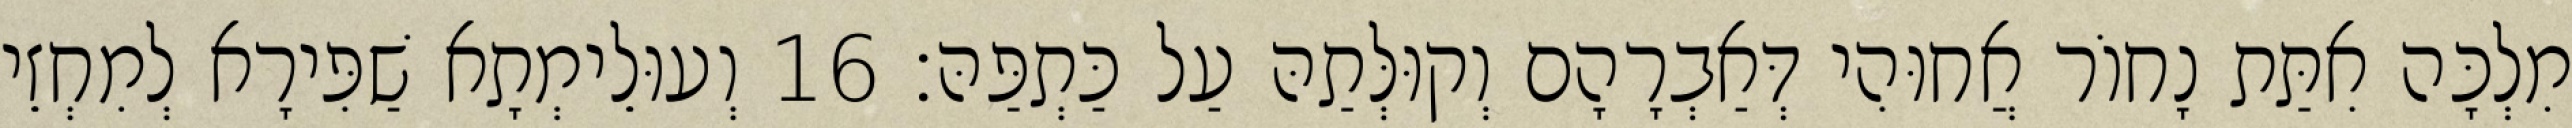
מִלְכָּה אִתַּת נָחוֹר אֲחוּהִי דְּאַבְרָהָם וְקוּלְּתַהּ עַל כַּתְפַּהּ׃ 16 וְעוּלֵימְתָא שַׁפִּירָא לְמִחְזֵי